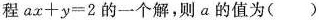
程$$ax+y=2$$的一个解，则a的值为()